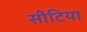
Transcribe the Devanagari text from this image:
सीटियाॅ